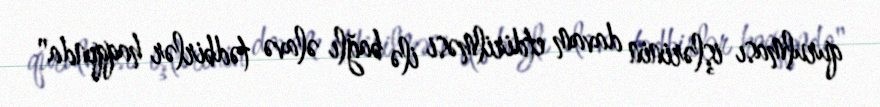
qurulması işlərinin davam etdirilməsi ilə bağlı əlavə tədbirlər haqqında"